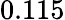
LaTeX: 0.115